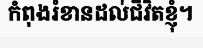
កំពុងរំខានដល់ជីវិតខ្ញុំ។